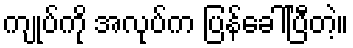
ကျုပ်ကို အလုပ်က ပြန်ခေါ်ပြီတဲ့။